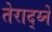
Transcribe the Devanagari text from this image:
तेराद्य्ने